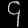
Digit: ၄